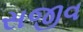
સજીવ